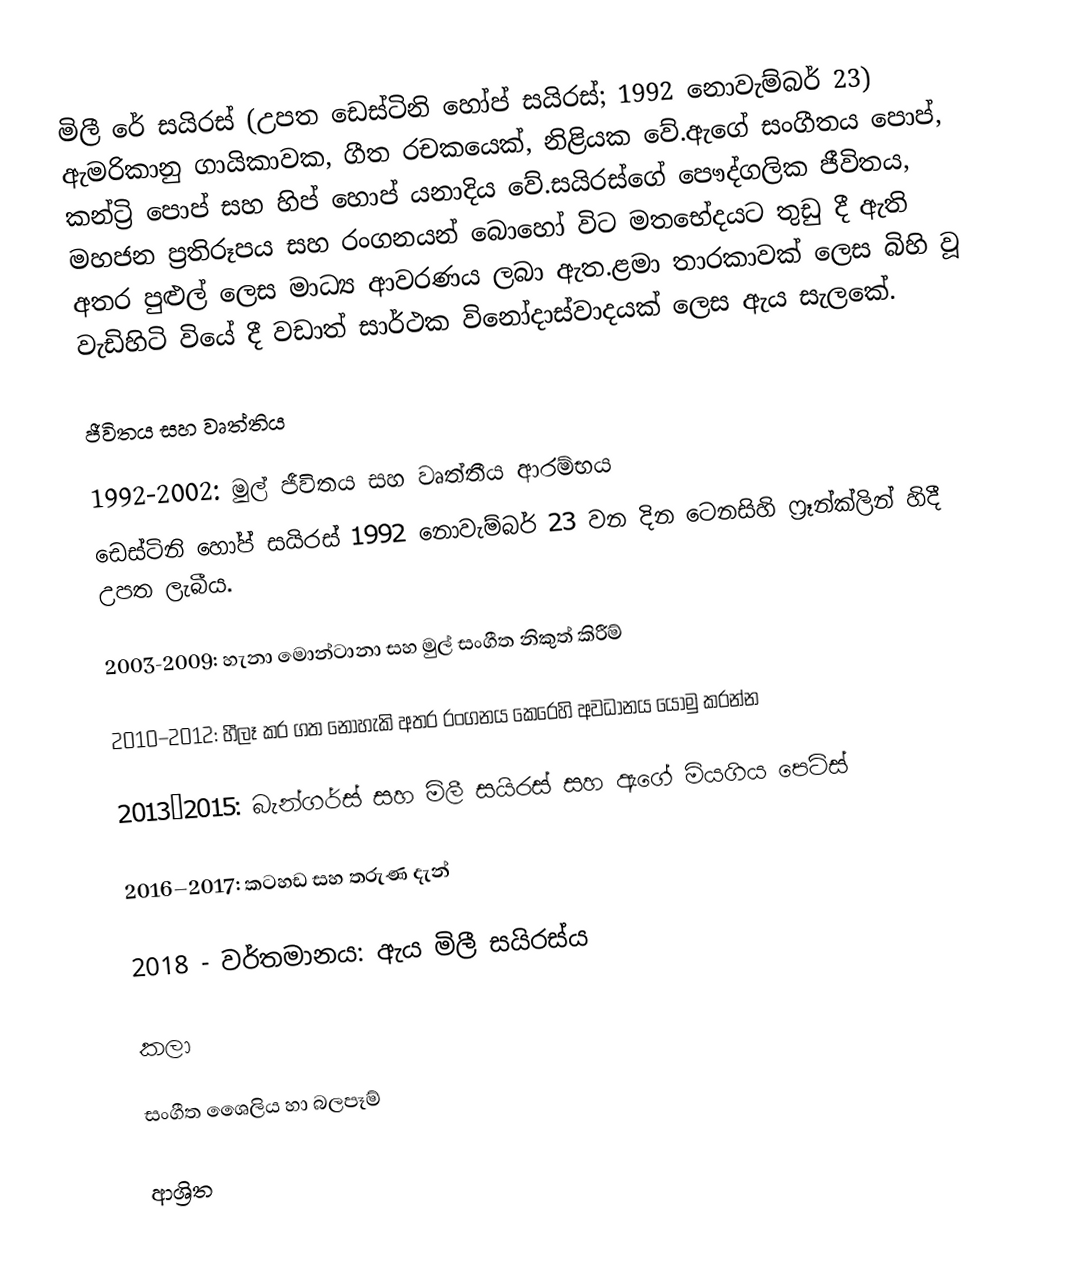
මිලී රේ සයිරස් (උපත ඩෙස්ටිනි හෝප් සයිරස්; 1992 නොවැම්බර් 23) ඇමරිකානු ගායිකාවක, ගීත රචකයෙක්, නිළියක වේ.ඇගේ සංගීතය පොප්, කන්ට්‍රි පොප් සහ හිප් හොප් යනාදිය වේ.සයිරස්ගේ පෞද්ගලික ජීවිතය, මහජන ප්‍රතිරූපය සහ රංගනයන් බොහෝ විට මතභේදයට තුඩු දී ඇති අතර පුළුල් ලෙස මාධ්‍ය ආවරණය ලබා ඇත.ළමා තාරකාවක් ලෙස බිහි වූ වැඩිහිටි වියේ දී වඩාත් සාර්ථක විනෝදාස්වාදයක් ලෙස ඇය සැලකේ.

ජීවිතය සහ වෘත්තිය

1992-2002: මුල් ජීවිතය සහ වෘත්තීය ආරම්භය
ඩෙස්ටිනි හෝප් සයිරස් 1992 නොවැම්බර් 23 වන දින ටෙනසිහි ෆ්‍රෑන්ක්ලින් හිදී උපත ලැබීය.

2003-2009: හැනා මොන්ටානා සහ මුල් සංගීත නිකුත් කිරීම්

2010–2012: හීලෑ කර ගත නොහැකි අතර රංගනය කෙරෙහි අවධානය යොමු කරන්න

2013–2015: බැන්ගර්ස් සහ මිලී සයිරස් සහ ඇගේ මියගිය පෙට්ස්

2016–2017: කටහඩ සහ තරුණ දැන්

2018 - වර්තමානය: ඇය මිලී සයිරස්ය

කලා

සංගීත ශෛලිය හා බලපෑම්

ආශ්‍රිත